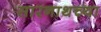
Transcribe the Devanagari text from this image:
सारनाथच्या